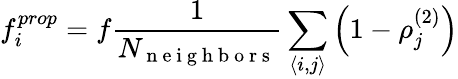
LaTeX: f_{i}^{prop}=f\frac{1}{N_{\mathrm{~n~e~i~g~h~b~o~r~s~}}}\sum_{\left\langle i,j\right\rangle}\left(1-\rho_{j}^{\left(2\right)}\right)